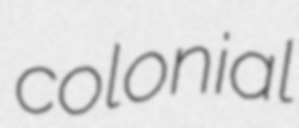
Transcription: colonial